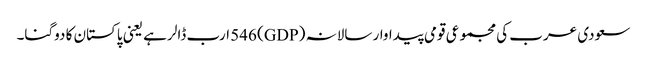
سعودی عرب کی مجموعی قومی پیداوار سالانہ (GDP) 546 ارب ڈالر ہے یعنی پاکستان کا دوگنا۔